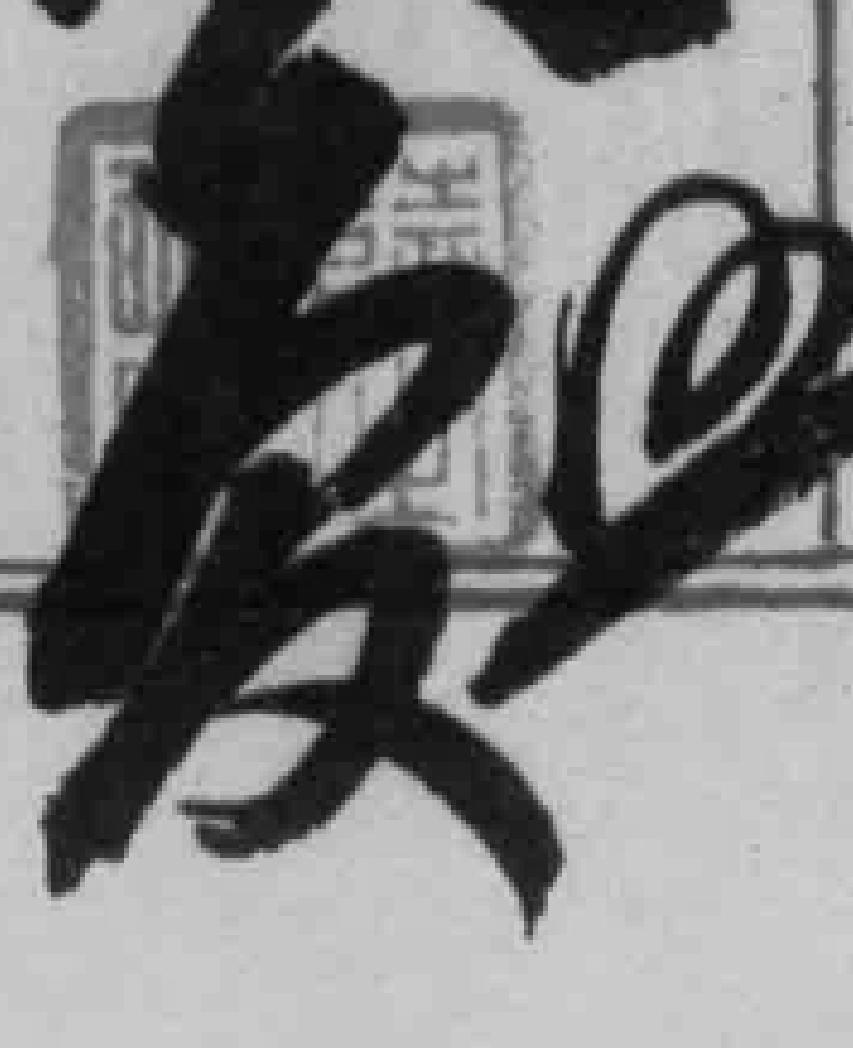
*